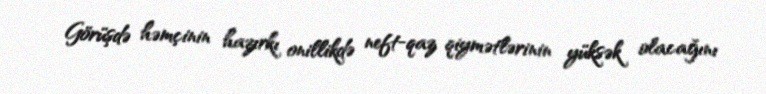
Görüşdə həmçinin hazırkı onillikdə neft-qaz qiymətlərinin yüksək olacağını